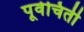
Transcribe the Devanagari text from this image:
पूर्वचिती